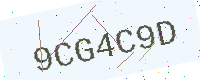
Text: 9CG4C9D